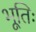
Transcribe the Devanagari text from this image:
भूतिः